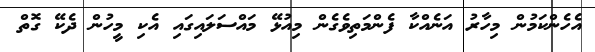
އެހެންކަމުން މިހާރު އަނެއްކާ ފެންމަތިވެގެން މިއުޅޭ މައްސަލައިގައި އެކި މީހުން ދެކޭ ގޮތް